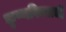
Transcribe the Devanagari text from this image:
कृष्णविवराची